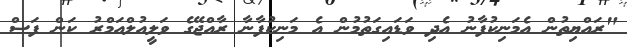
"ރައްޔިތުން އެމަނިކުފާނު އެދި ވަޑައިގަތުމުން އެ މަނިކުފާނާ ރާއްޖޭގެ ވަލީއުލްއަމްރު ކަން ފަސް